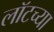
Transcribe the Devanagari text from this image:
लॉटच्या